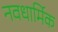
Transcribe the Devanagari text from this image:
नवधार्मिक